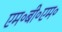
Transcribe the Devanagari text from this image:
एम॰बी॰एम॰